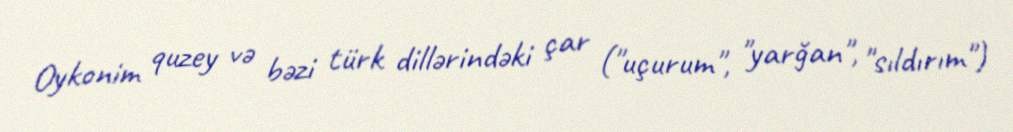
Oykonim quzey və bəzi türk dillərindəki çar ("uçurum", "yarğan", "sıldırım")